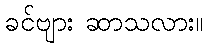
ခင်ဗျား ဆာသလား။